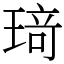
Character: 𤦺